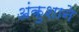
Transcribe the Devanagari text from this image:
अंकुशाने